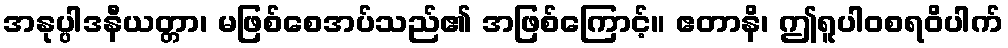
အနုပ္ပါဒနီယတ္တာ၊ မဖြစ်စေအပ်သည်၏ အဖြစ်ကြောင့်။ ဧတာနိ၊ ဤရူပါဝစရဝိပါက်